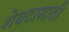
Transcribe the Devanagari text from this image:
शेवटासाठी